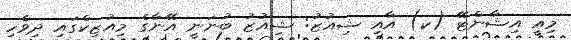
މިއީ އިޝާންޓޭ (ކ) އާއި ޝިއުޒު: ޝިއުޒު ބުނަނީ އޭނާގެ މިއުޒިކްގައި ދިވެހި